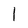
Character: 1